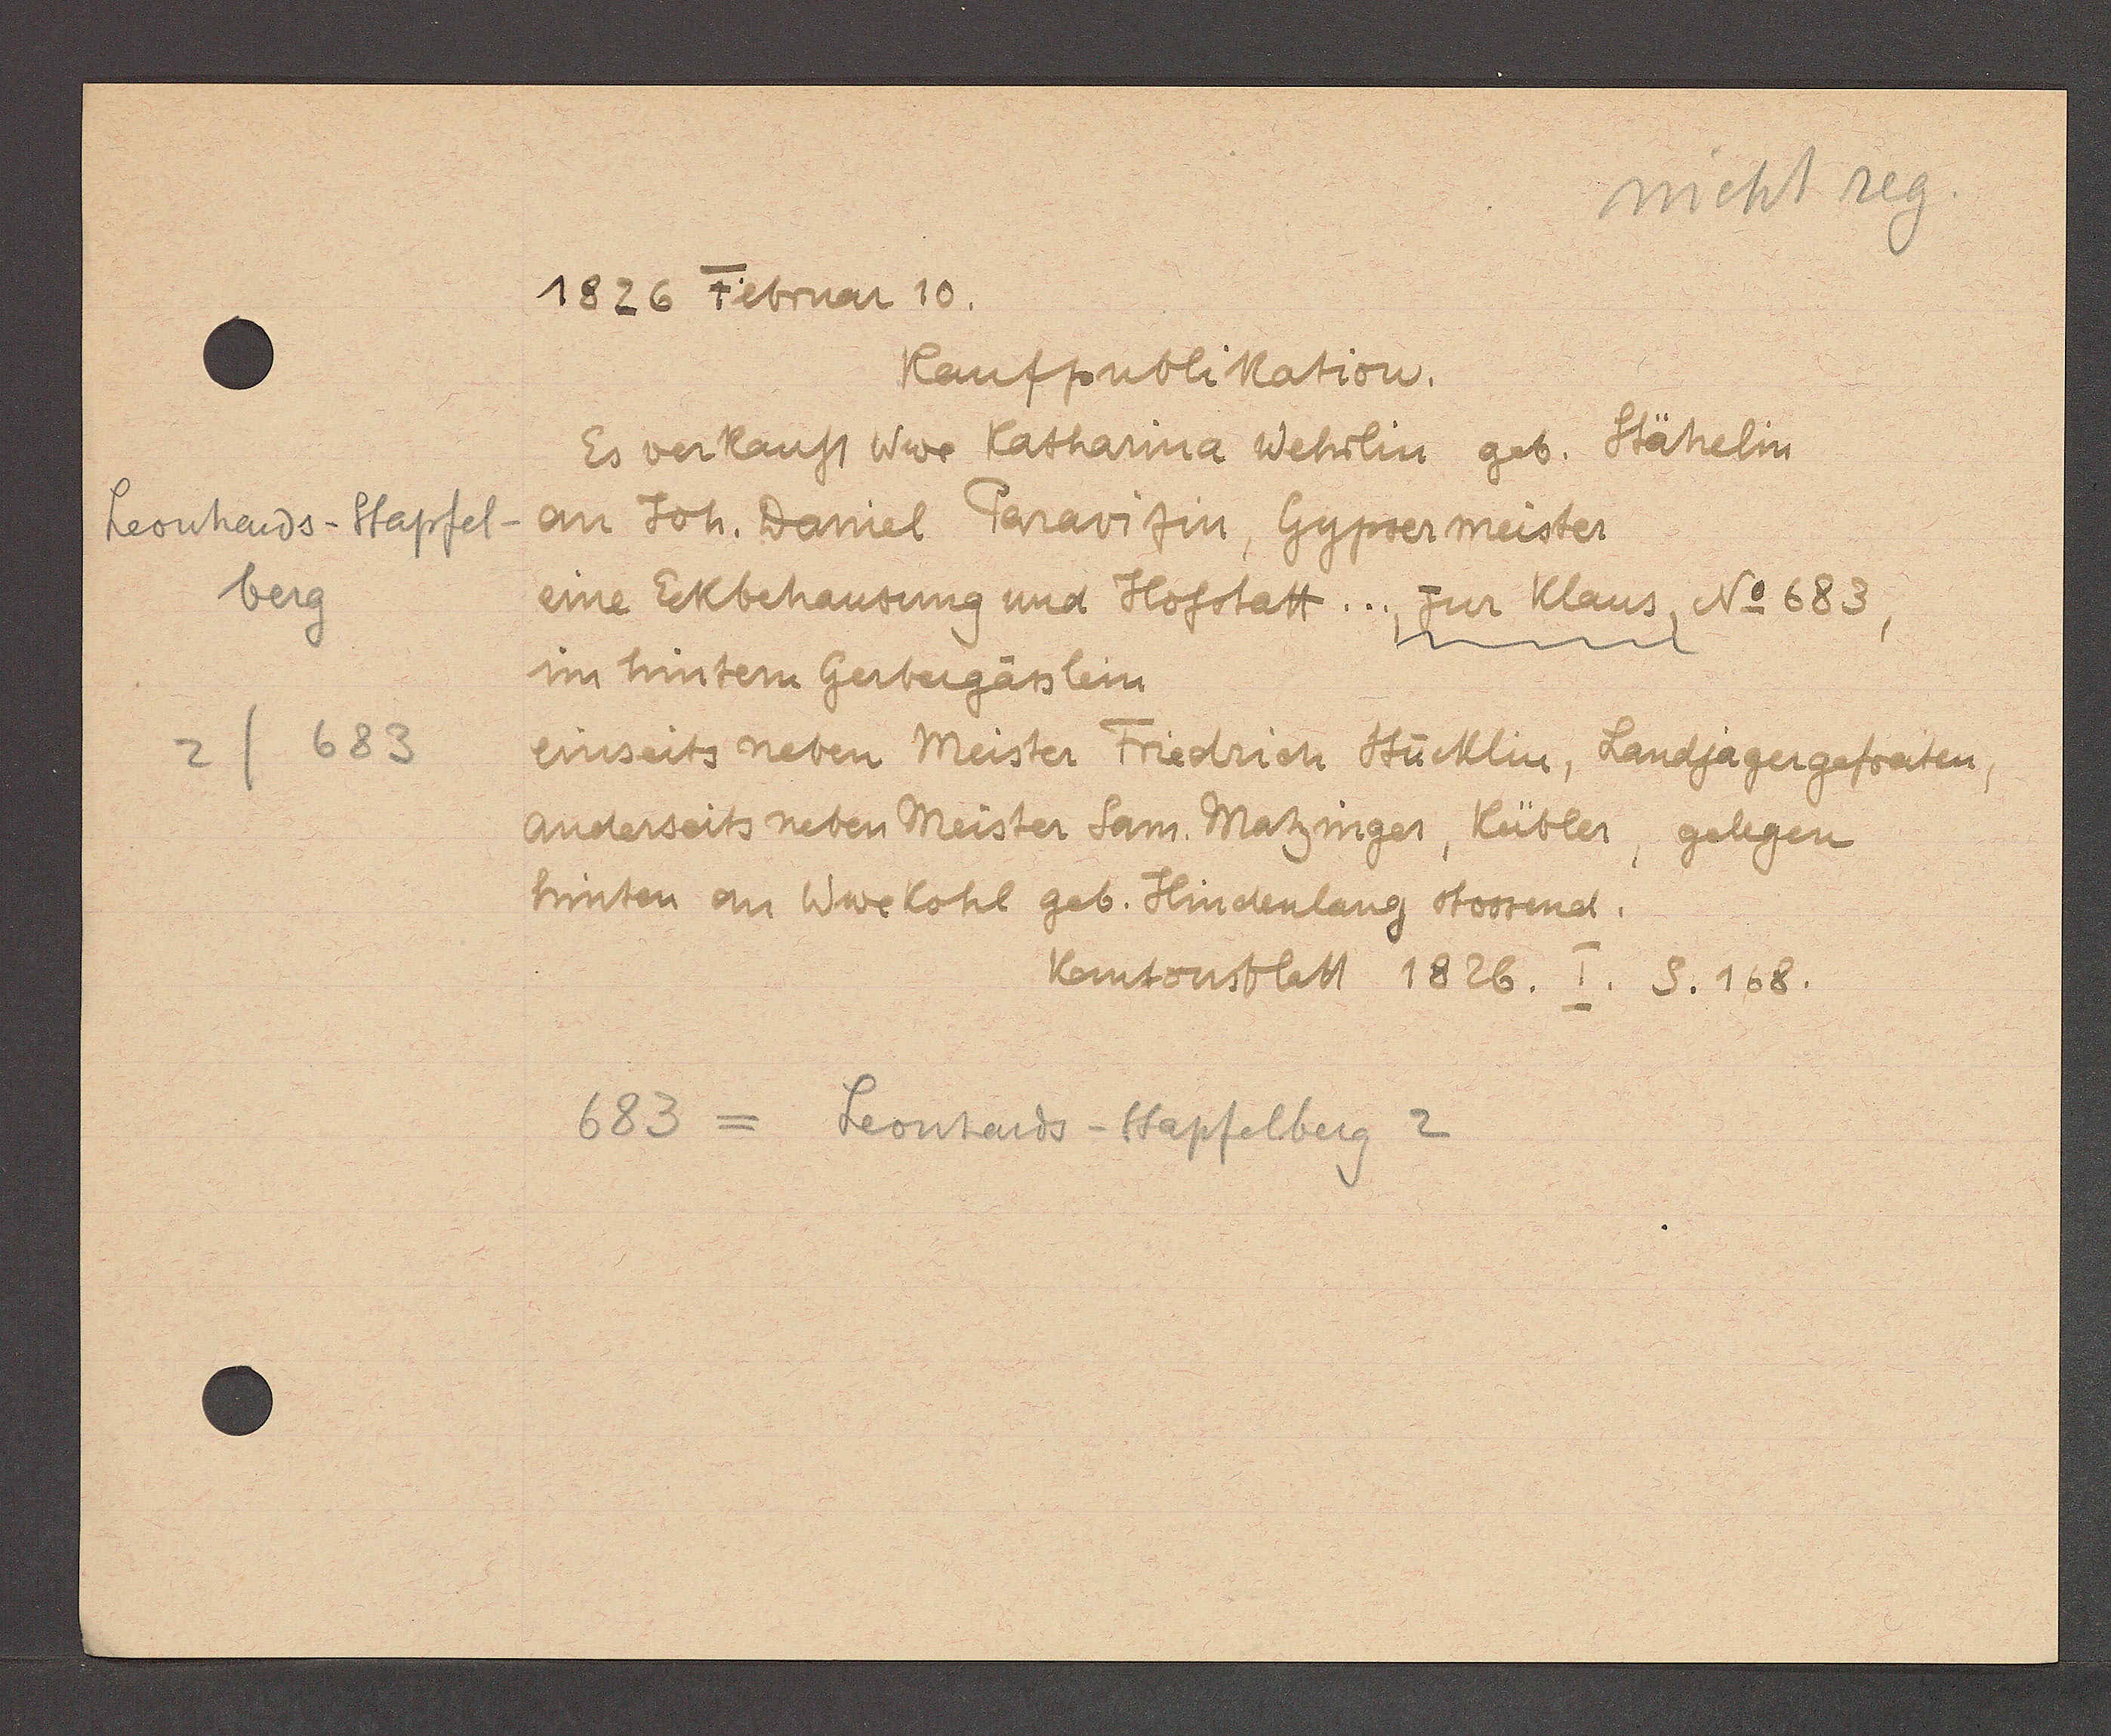
Transcript:
Leonhards-Stapfel-
berg
683
2

1826 Februar 10.

Kaufpublikation.
Es verkauft Wwe Katharina Wehrlin geb. Stähelin
an Joh. Daniel Paravitin, Gypser meister
eine Eckbehausung und Hofstatt ... zur Klaus, No 683,
im hintern Gerbergässlein
einseits neben Meister Friedrich Stücklin, Landjagergefreiten,
Anderseits neben Meister Sam. Matzinger, Kübler, gelegen
hinten an Wwe Kohl geb. Hindenlang stossend.

Kantonsblatt 1826. I. S. 168.

683 = Leonhards-Stapfelberg 2